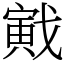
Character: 戭